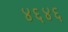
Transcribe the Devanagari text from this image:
४६४६